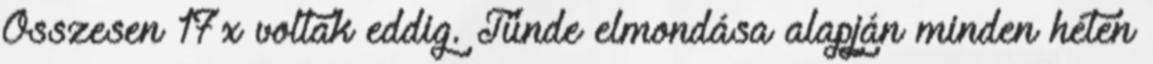
Összesen 17x voltak eddig. Tünde elmondása alapján minden héten